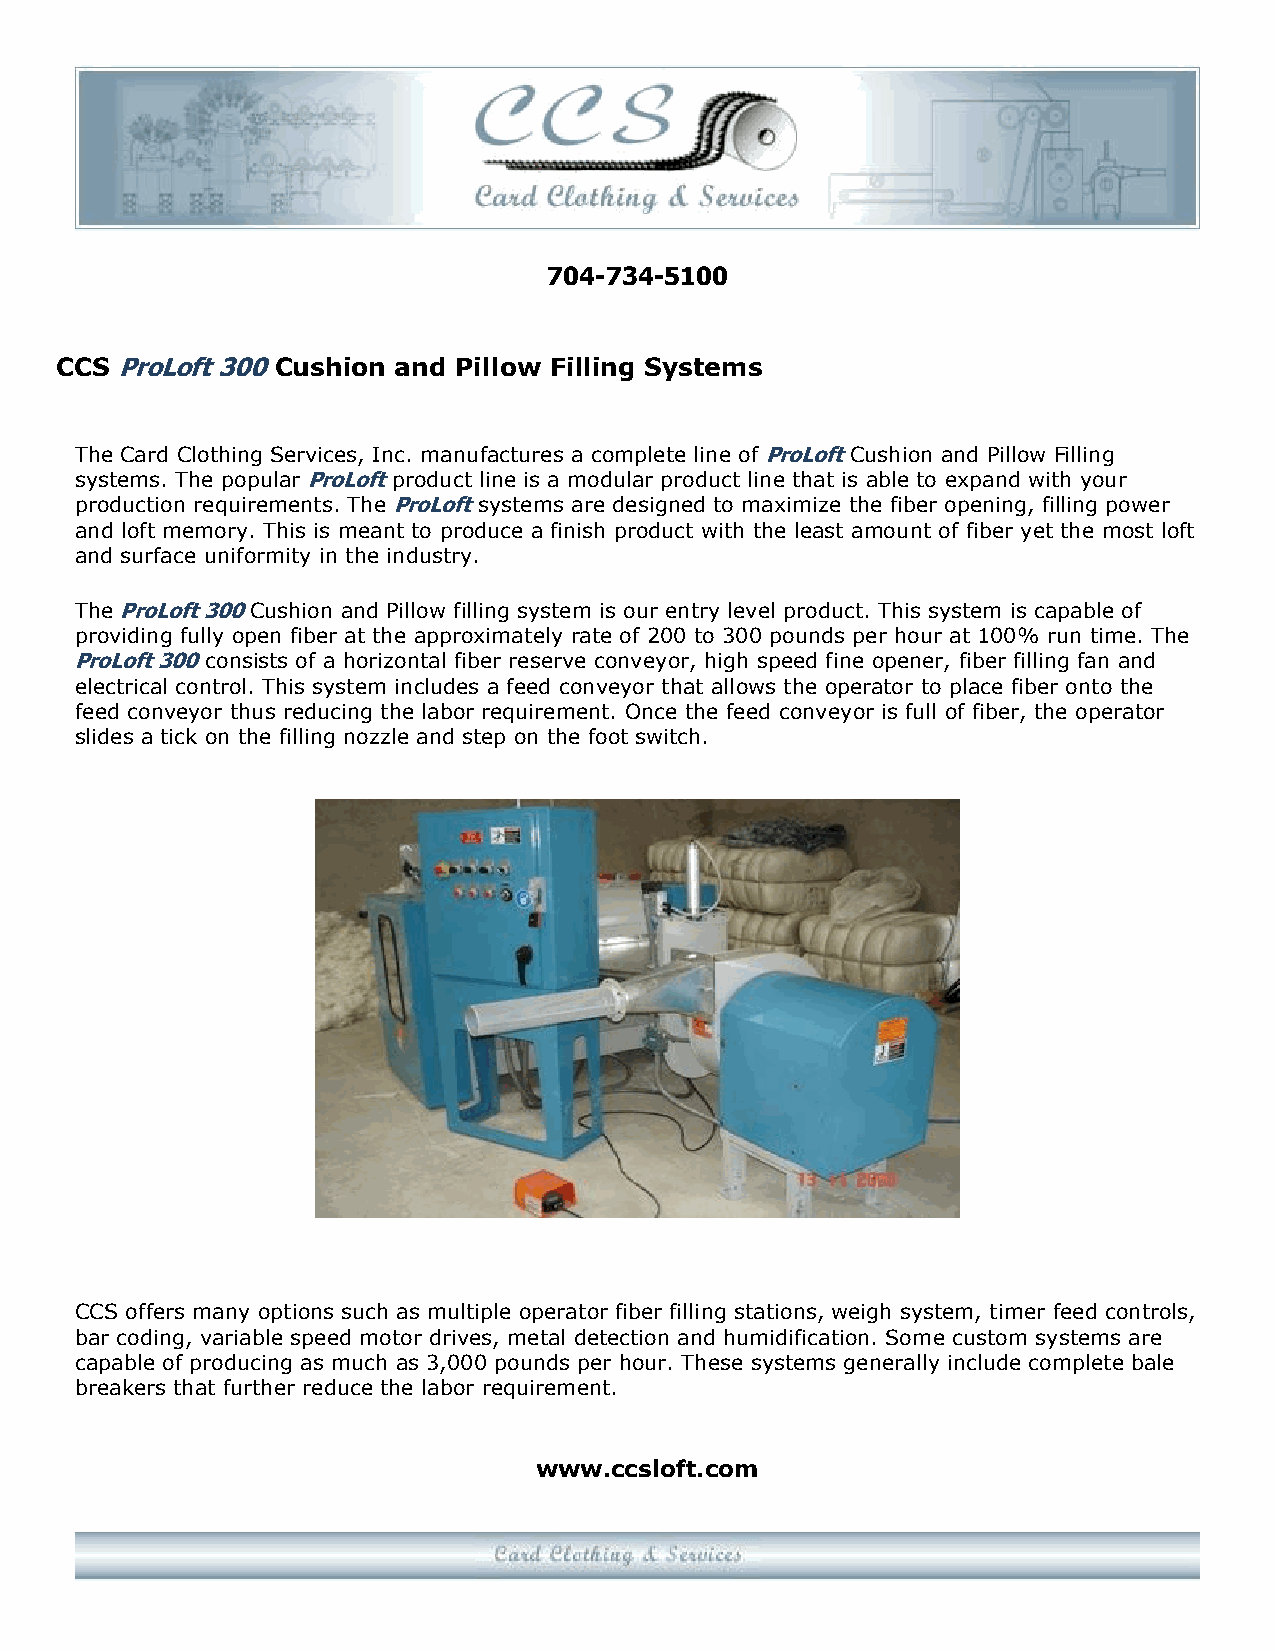
704-734-5100
 CCS ProLoft 300 Cushion and Pillow Filling Systems
 The Card Clothing Services, Inc. manufactures a complete line of ProLoft Cushion and Pillow Filling
 systems. The popular ProLoft product line is a modular product line that is able to expand with your
 production requirements. The ProLoft systems are designed to maximize the fiber opening, filling power
 and loft memory. This is meant to produce a finish product with the least amount of fiber yet the most loft
 and surface uniformity in the industry.
 The ProLoft 300 Cushion and Pillow filling system is our entry level product. This system is capable of
 providing fully open fiber at the approximately rate of 200 to 300 pounds per hour at 100% run time. The
 ProLoft 300 consists of a horizontal fiber reserve conveyor, high speed fine opener, fiber filling fan and
 electrical control. This system includes a feed conveyor that allows the operator to place fiber onto the
 feed conveyor thus reducing the labor requirement. Once the feed conveyor is full of fiber, the operator
 slides a tick on the filling nozzle and step on the foot switch.
 CCS offers many options such as multiple operator fiber filling stations, weigh system, timer feed controls,
 bar coding, variable speed motor drives, metal detection and humidification. Some custom systems are
 capable of producing as much as 3,000 pounds per hour. These systems generally include complete bale
 breakers that further reduce the labor requirement.
 www.ccsloft.com